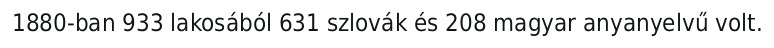
1880-ban 933 lakosából 631 szlovák és 208 magyar anyanyelvű volt.